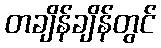
တချိန်ချိန်တွင်